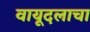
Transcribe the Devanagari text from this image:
वायूदलाचा